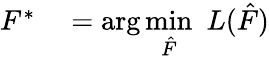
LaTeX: \begin{array}{rl}{F^{*}}&{{}=\arg\underset{\hat{F}}{\operatorname*{min}}\, \, L(\hat{F})}\end{array}